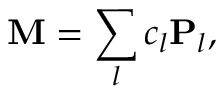
\mathbf { M } = \sum _ { l } c _ { l } \mathbf { P } _ { l } ,